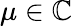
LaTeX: \mu\in\mathbb{C}